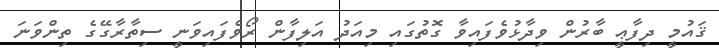
ޤައުމީ ދިފާޢީ ބާރުން ވިދާޅުވެފައިވާ ގޮތުގައި މިއަދު އަލިފާން ރޯވެފައިވަނީ ސިތާރާގޭގެ ތިންވަނަ